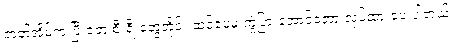
ဇာတ်အိမ်က ပြီးခဲ့တဲ့ စီးရီးတွေတိုင်း ဆင်ပေမဲ့ ကွဲပြားအောင်တော့ လုပ်ထားပေးပါတယ်။